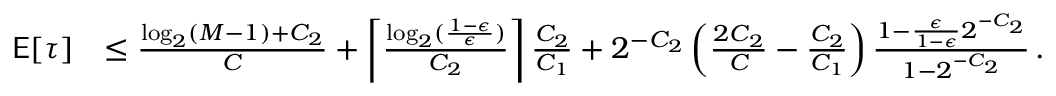
\begin{array} { r l } { \mathsf { E } [ \tau ] } & { \le \frac { \log _ { 2 } ( M - 1 ) + C _ { 2 } } { C } + \left\lceil \frac { \log _ { 2 } ( \frac { 1 - \epsilon } { \epsilon } ) } { C _ { 2 } } \right\rceil \frac { C _ { 2 } } { C _ { 1 } } + 2 ^ { - C _ { 2 } } \left( \frac { 2 C _ { 2 } } { C } - \frac { C _ { 2 } } { C _ { 1 } } \right) \frac { 1 - \frac { \epsilon } { 1 - \epsilon } 2 ^ { - C _ { 2 } } } { 1 - 2 ^ { - C _ { 2 } } } \, . } \end{array}